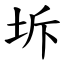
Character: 坼